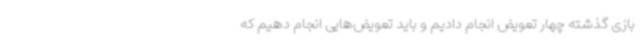
بازی گذشته چهار تعویض انجام دادیم و باید تعویض‌هایی انجام دهیم که